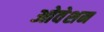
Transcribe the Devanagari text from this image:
ओवेशन